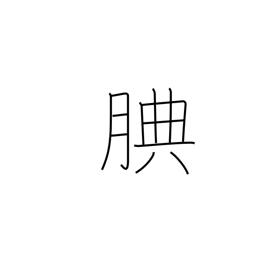
Meaning: considerate